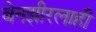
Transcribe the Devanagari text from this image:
बेनझीरलाही